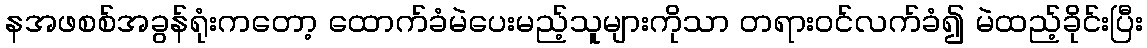
နအဖစစ်အခွန်ရုံးကတော့ ထောက်ခံမဲပေးမည့်သူများကိုသာ တရားဝင်လက်ခံ၍ မဲထည့်ခိုင်းပြီး